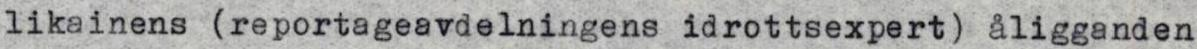
likainens (reportageavdelningens idrottsexpert) åligganden